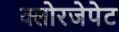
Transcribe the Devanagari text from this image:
क्लोरजेपेट